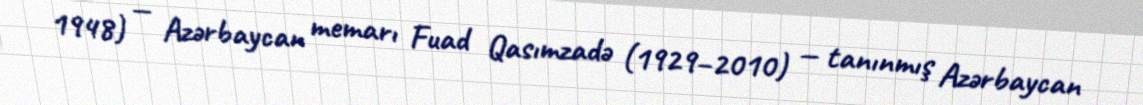
1948) — Azərbaycan memarı Fuad Qasımzadə (1929–2010) — tanınmış Azərbaycan